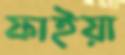
ফাইয়া